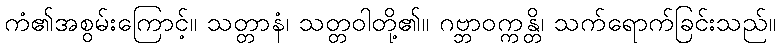
ကံ၏အစွမ်းကြောင့်။ သတ္တာနံ၊ သတ္တဝါတို့၏။ ဂဗ္ဘာဝက္ကန္တိ၊ သက်ရောက်ခြင်းသည်။